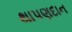
થાપણદાન